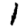
Digit: 1